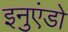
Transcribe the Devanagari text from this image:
इनुएंडो